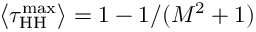
\big \langle \tau _ { \mathrm { H H } } ^ { \mathrm { m a x } } \big \rangle = 1 - 1 / ( M ^ { 2 } + 1 )